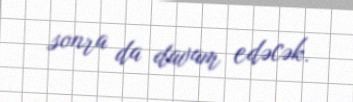
sonra da davam edəcək.